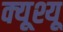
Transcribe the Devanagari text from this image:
क्यूश्यू